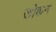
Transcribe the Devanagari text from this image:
खोकन